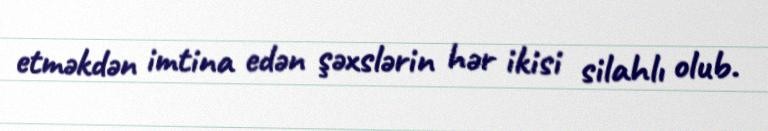
etməkdən imtina edən şəxslərin hər ikisi silahlı olub.